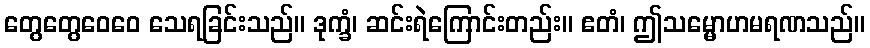
တွေတွေဝေဝေ သေရခြင်းသည်။ ဒုက္ခံ၊ ဆင်းရဲကြောင်းတည်း။ ဧတံ၊ ဤသမ္မောဟမရဏသည်။